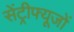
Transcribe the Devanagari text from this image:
सेंट्रीफ्यूजों